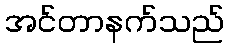
အင်တာနက်သည်